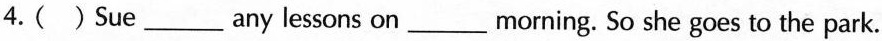
4.( )Sue ___ any lessons on___morning. So she goes to the park.